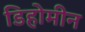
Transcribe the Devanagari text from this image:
डिहोमीन